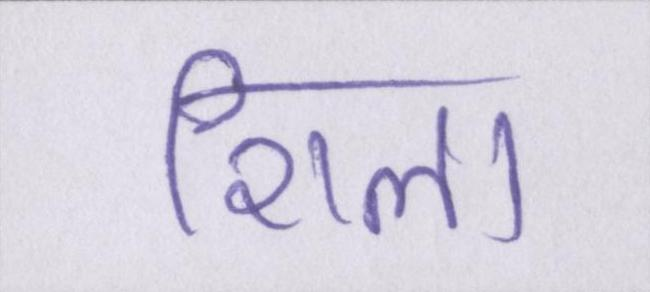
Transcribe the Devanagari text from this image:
शिला